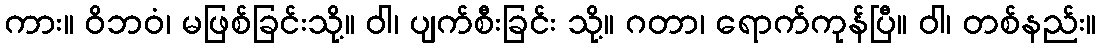
ကား။ ဝိဘဝံ၊ မဖြစ်ခြင်းသို့။ ဝါ၊ ပျက်စီးခြင်း သို့။ ဂတာ၊ ရောက်ကုန်ပြီ။ ဝါ၊ တစ်နည်း။